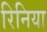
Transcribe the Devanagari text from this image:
रिनिया